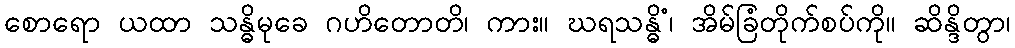
စောရော ယထာ သန္ဓိမုခေ ဂဟိတောတိ၊ ကား။ ဃရသန္ဓိံ၊ အိမ်ခြံတိုက်စပ်ကို။ ဆိန္ဒိတွာ၊